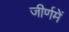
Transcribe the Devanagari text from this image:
जीर्णमें